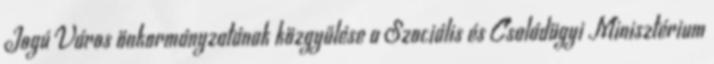
Jogú Város önkormányzatának közgyűlése a Szociális és Családügyi Minisztérium